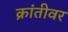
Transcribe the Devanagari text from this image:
क्रांतीवर